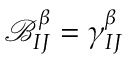
\mathcal { B } _ { I J } ^ { \beta } = \gamma _ { I J } ^ { \beta }